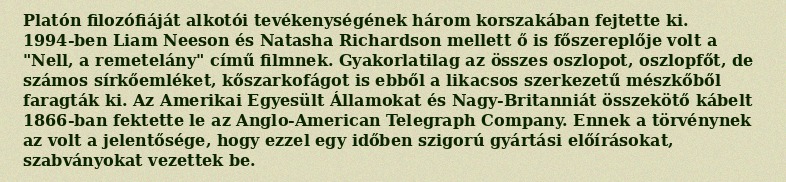
Platón filozófiáját alkotói tevékenységének három korszakában fejtette ki. 1994-ben Liam Neeson és Natasha Richardson mellett ő is főszereplője volt a "Nell, a remetelány" című filmnek. Gyakorlatilag az összes oszlopot, oszlopfőt, de számos sírkőemléket, kőszarkofágot is ebből a likacsos szerkezetű mészkőből faragták ki. Az Amerikai Egyesült Államokat és Nagy-Britanniát összekötő kábelt 1866-ban fektette le az Anglo-American Telegraph Company. Ennek a törvénynek az volt a jelentősége, hogy ezzel egy időben szigorú gyártási előírásokat, szabványokat vezettek be.